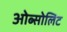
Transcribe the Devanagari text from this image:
ओब्सोलिट